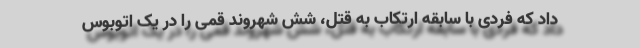
داد که فردی با سابقه ارتکاب به قتل، شش شهروند قمی را در یک اتوبوس